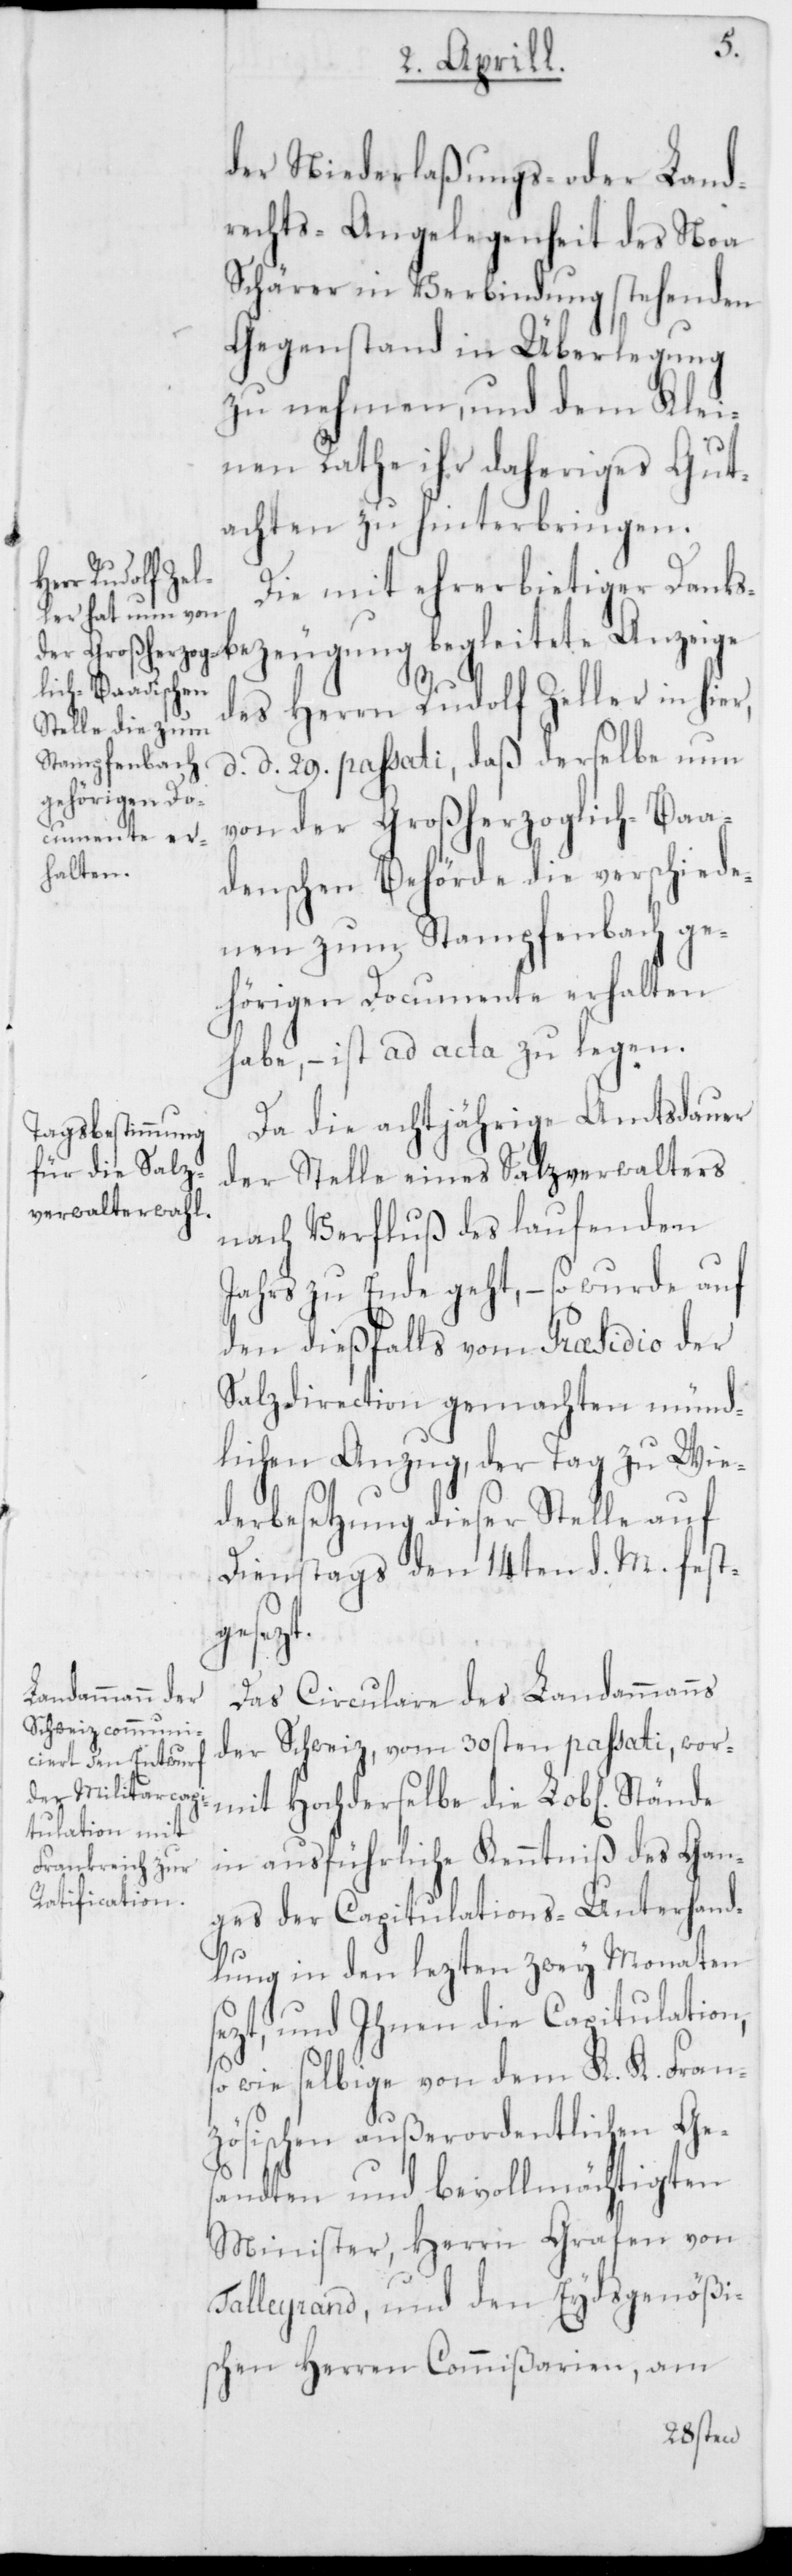
t.
der Niederlaßungs- oder Land¬
rechts-Angelegenheit des Noa
Schärer in Verbindung stehenden
Gegenstand in Überlegung
zu nehmen, und dem Klei¬
nen Rathe ihr daheriges Gut¬
achten zu hinterbringen.
Die mit ehrerbietiger Danks¬
bezeugung begleitete Anzeige
des Herrn Rudolf Zeller in hier,
d. d. 29. passati, daß derselbe nun
von der Großherzoglich-Baa¬
denschen Behörde die verschiede¬
nen zum Stampfenbach ge¬
hörigen Documente erhalten
habe, – ist ad acta zu legen.
Da die achtjährige Amtsdauer
der Stelle eines Salzverwalters
nach Verfluß des laufenden
Jahrs zu Ende geht, – so wurde auf
den dießfalls vom Praesidio der
Salzdirection gemachten münd¬
lichen Anzug, der Tag zu Wie¬
derbesetzung dieser Stelle auf
Dienstags den 14ten d. M. fest¬
gesetz¬
Das Circulare des Landammanns
der Schweiz vom 30sten passati, wor¬
mit Hochderselbe die Lobl. Stände
in ausführliche Kenntniß des Gan¬
ges der Capitulations-Unterhand¬
lung in den lezten zwey Monaten
sezt, und Ihnen die Capitulation,
wie selbige von dem K. K. Fran¬
zösischen außerordentlichen Ges¬
andten und bevollmächtigten
Minister, Herrn Grafen von
Talleyrand und den Eydsgenößis¬
chen Herren Commißarien, am